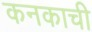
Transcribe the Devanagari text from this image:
कनकाची